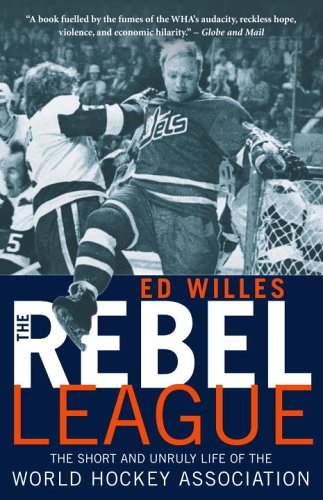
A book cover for The Rebel League: The Short and Unruly Life of the World Hockey Association; Ed Willes; Sports & Outdoors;